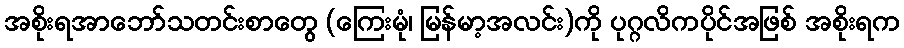
အစိုးရအာဘော်သတင်းစာတွေ (ကြေးမုံ၊ မြန်မာ့အလင်း)ကို ပုဂ္ဂလိကပိုင်အဖြစ် အစိုးရက